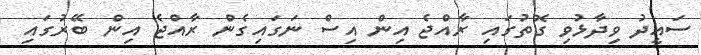
ސައީދު ވިދާޅުވި ގޮތުގައި ރާއްޖެ އިން އިސް ނަގައިގެން ރާއްޖެ އިން ބޭރުގައި